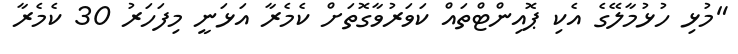
"މުޅި ހުޅުމާލޭގެ އެކި ޕޮއިންޓްތައް ކަވަރުވާގޮތަށް ކެމެރާ އަޅަނީ މިފަހަރު 30 ކެމެރާ